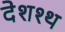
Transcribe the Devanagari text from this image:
देशश्थ